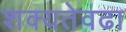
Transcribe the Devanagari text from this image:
शक्यतेवढा